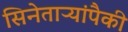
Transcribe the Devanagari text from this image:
सिनेताऱ्यांपैकी